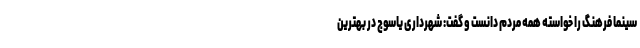
سینما فرهنگ را خواسته همه مردم دانست و گفت: شهرداری یاسوج در بهترین